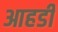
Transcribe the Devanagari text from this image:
आहडी